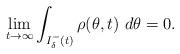
LaTeX: \begin{align*} \lim_{t \to \infty} \int_{I_\delta^-(t)} \rho(\theta, t) ~ d\theta = 0. \end{align*}